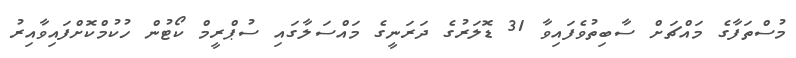
މުސްތަފާގެ މައްޗަށް ސާބިތުވެފައިވާ 31 ޑޮލަރުގެ ދަރަނީގެ މައްސަލާގައި ސުޕްރީމް ކޯޓުން ހުކުމްކޮށްފައިވާއިރު